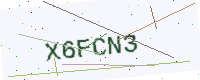
Text: X6FCN3